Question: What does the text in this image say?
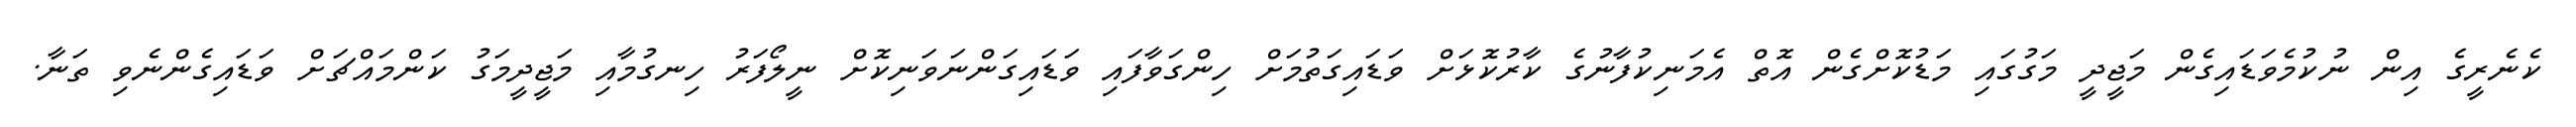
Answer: ކެނެރީގެ އިން ނުކުމެވަޑައިގެން މަޖީދީ މަގުގައި މަޑުކޮށްގެން އޮތް އެމަނިކުފާނުގެ ކާރުކޮޅަށް ވަޑައިގަތުމަށް ހިންގަވާފައި ވަޑައިގަންނަވަނިކޮށް ނީލޯފަރު ހިނގުމާއި މަޖީދީމަގު ކަންމައްޗަށް ވަޑައިގެންނެވި ތަނާ.